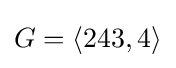
G=\langle 243,4\rangle